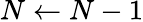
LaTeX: N\gets N-1